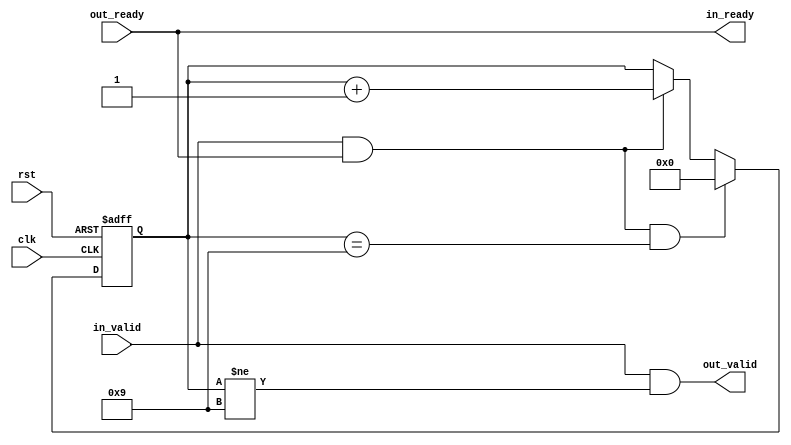
//3. Find the skip count value for each scale and how it changes in levels.
//- 1.10(mod9),1.15(6),1.2(5),1.25(4),1.3(3),1.35(2),1.40(2),1.45(2),1.5(1)
module downsample #(
    parameter SCALE = 9
)(
    input clk, rst, 
    input in_valid, out_ready, 
    output out_valid, in_ready
); 

    localparam PIXEL_CNT_WIDTH = $clog2(SCALE); 

    reg [PIXEL_CNT_WIDTH-1:0] pixel_cnt; 

    assign in_ready = out_ready; 
    assign out_valid = in_valid && (pixel_cnt != SCALE);

    always @(posedge clk, posedge rst) begin 
        if (rst) begin 
            pixel_cnt <= 0; 
        end
        else if (in_valid && in_ready && pixel_cnt == SCALE) begin
            pixel_cnt <= 0; 
        end
        else if (in_valid && in_ready) begin 
            pixel_cnt <= pixel_cnt + 'd1; 
        end
    end

endmodule